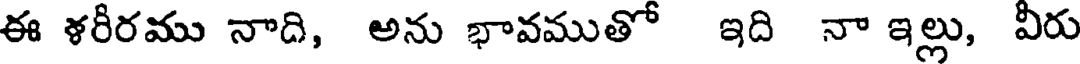
ఈ ళరీరము నాది, అను భావముతో ఇది నా ఇల్లు, వీరు